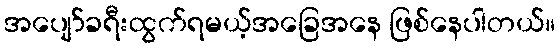
အပျော်ခရီးထွက်ရမယ့်အခြေအနေ ဖြစ်နေပါတယ်။